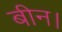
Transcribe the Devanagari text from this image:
बीन।